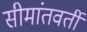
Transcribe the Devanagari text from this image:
सीमांतवर्ती